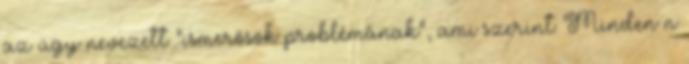
az úgy nevezett “ismerősök problémának”, ami szerint: Minden n